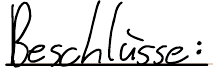
Beschlüsse: